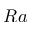
R a